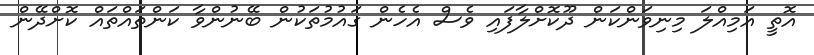
އޮތީ އަމިއްލަ މިނިވަންކަން ދޫކޮށްލާފައި ވެސް އެހެން ގައުމުތަކުން ބޭނުންވާ ކަންތައްތައް ކޮށްދޭން